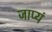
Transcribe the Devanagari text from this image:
जाप्यं